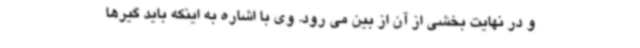
و در نهایت بخشی از آن از بین می رود. وی با اشاره به اینکه باید گیرها